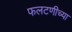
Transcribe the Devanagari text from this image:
फलटणीच्या